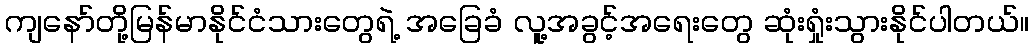
ကျနော်တို့မြန်မာနိုင်ငံသားတွေရဲ့ အခြေခံ လူ့အခွင့်အရေးတွေ ဆုံးရှုံးသွားနိုင်ပါတယ်။